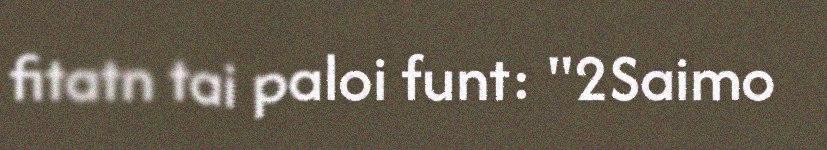
fitatn tai paloi funt: "2Saimo